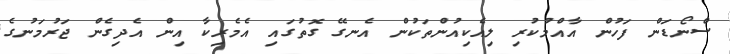
ސްނޯޑަން ފަހުން އާއްމުކުރި ލިއެކިއުންތަކުން އެނގޭ ގޮތުގައި އެމެރިކާ އިން އެދިގެން ޖަރުމަނުގެ